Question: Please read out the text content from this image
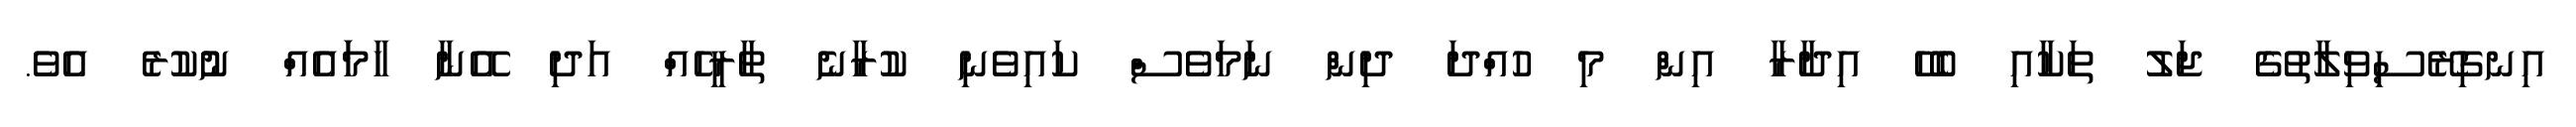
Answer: އިނގިރޭސިވިލާތުގެ ޖަލު ތަކާއި ބެހޭ އިދާރާ އިން މި ހުއްދަ ދިން ނަމަވެސް ކައިވެނި ކުރާނެ ތާރީހެއް އަދި އޭނާ ހާމަައެއް ނުުކުރެ އެވެ.